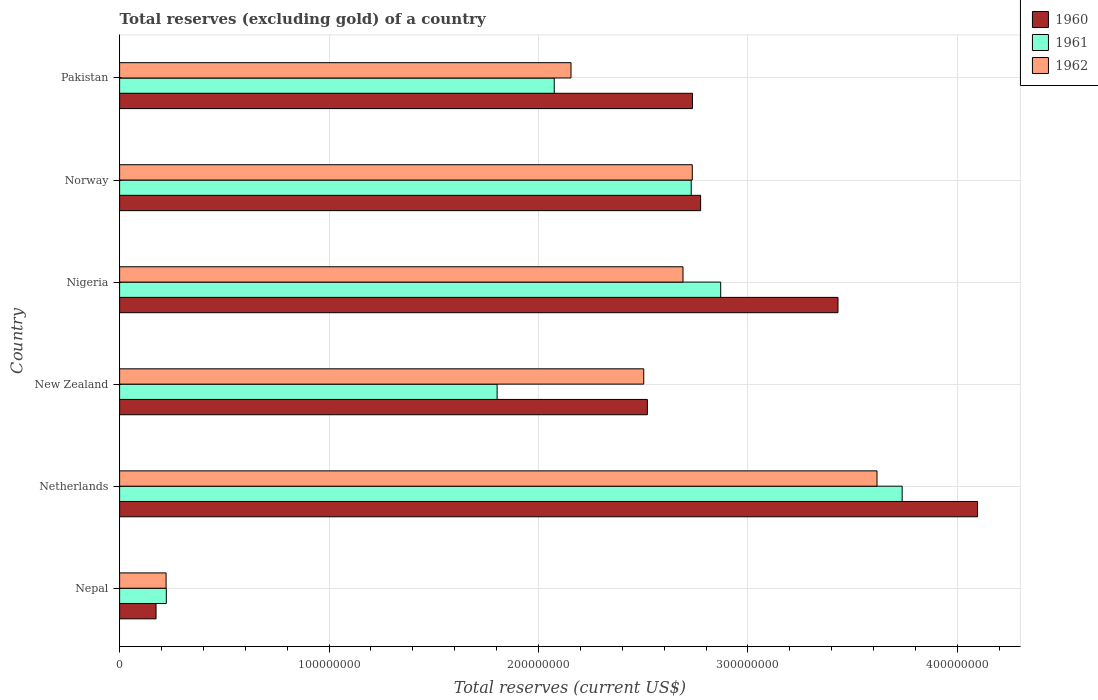
| Country | 1960 | 1961 | 1962 |
 | --- | --- | --- | --- |
 | Nepal | 1.74e+07 | 2.23e+07 | 2.22e+07 |
 | Netherlands | 4.1e+08 | 3.74e+08 | 3.62e+08 |
 | New Zealand | 2.52e+08 | 1.8e+08 | 2.5e+08 |
 | Nigeria | 3.43e+08 | 2.87e+08 | 2.69e+08 |
 | Norway | 2.77e+08 | 2.73e+08 | 2.73e+08 |
 | Pakistan | 2.74e+08 | 2.08e+08 | 2.16e+08 |